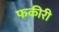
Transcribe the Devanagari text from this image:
फकीरी